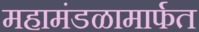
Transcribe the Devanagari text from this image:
महामंडळामार्फत